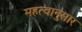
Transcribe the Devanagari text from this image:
महत्वानुसार